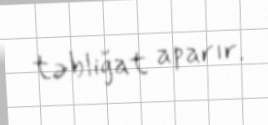
təbliğat aparır.